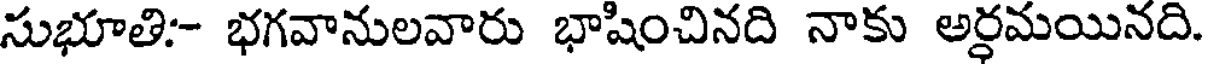
సుభూతి:- భగవానులవారు భాషించినది నాకు అర్ధమయినది.